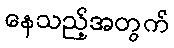
နေသည့်အတွက်